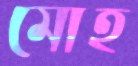
মোহ